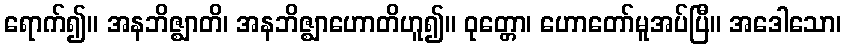
ရောက်၍။ အနဘိဇ္ဈာတိ၊ အနဘိဇ္ဈာဟောတိဟူ၍။ ဝုတ္တော၊ ဟောတော်မူအပ်ပြီ။ အဒေါသော၊